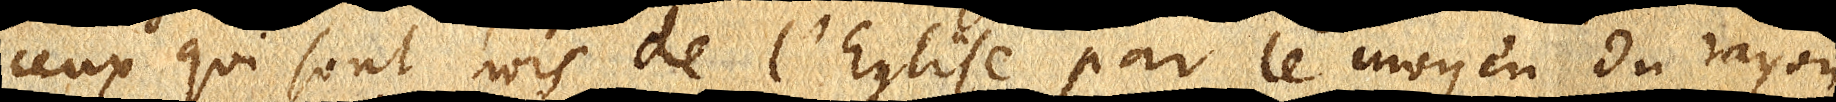
ceux qui sont hors de l’Eglise par le moyen du rayon